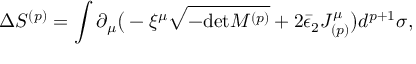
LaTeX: \Delta S ^ { ( p ) } = \int \partial _ { \mu } \big ( - \xi ^ { \mu } \sqrt { - \mathrm { d e t } M ^ { ( p ) } } + 2 \bar { \epsilon } _ { 2 } J _ { ( p ) } ^ { \mu } \big ) d ^ { p + 1 } \sigma ,